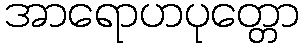
အာရောဟပုတ္တော